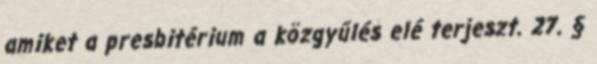
amiket a presbitérium a közgyűlés elé terjeszt. 27. §